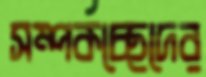
সম্পর্কচ্ছেদের